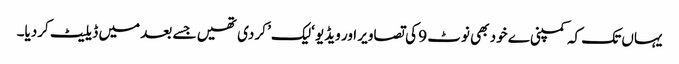
یہاں تک کہ کمپنی ے خود بھی نوٹ 9 کی تصاویر اور ویڈیو ‘لیک’ کر دی تھیں جسے بعد میں ڈیلیٹ کردیا۔